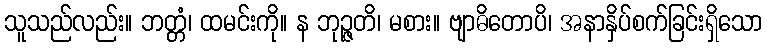
သူသည်လည်း။ ဘတ္တံ၊ ထမင်းကို။ န ဘုဉ္ဇတိ၊ မစား။ ဗျာဓိတောပိ၊ အနာနှိပ်စက်ခြင်းရှိသော